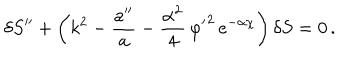
\delta S ^ { \prime \prime } + \left( k ^ { 2 } - \frac { a ^ { \prime \prime } } { a } - \frac { \alpha ^ { 2 } } { 4 } \, { \varphi ^ { \prime } } ^ { 2 } \, e ^ { - \alpha \chi } \right) \delta S = 0 \, .